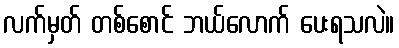
လက်မှတ် တစ်စောင် ဘယ်လောက် ပေးရသလဲ။